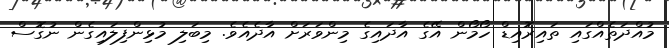
މުއްދަތެއްގައި ތައިރޮއިޑް ހޯމޯން އޭގެ އާދައިގެ މިންވަރަށް އާދެއެވެ. މިބަލި މުޅިންފިލައިގެން ނުގޮސް